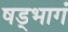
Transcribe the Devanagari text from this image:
षड्भागं